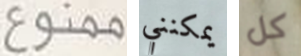
ممنوع يمكنني كل